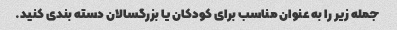
جمله زیر را به عنوان مناسب برای کودکان یا بزرگسالان دسته بندی کنید.